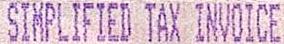
SIMPLIFIED TAX INVOICE